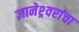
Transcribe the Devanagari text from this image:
ज्ञानेश्र्वरांचा